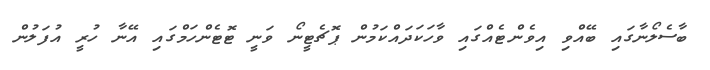
ބާސެލޯނާގައި ބޭއްވި އިވެންޓެއްގައި ވާހަކަދައްކަމުން ޕޮޗެޓީނޯ ވަނީ ޓޮޓެންހަމްގައި އޭނާ ހުރީ އުފަލުން